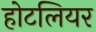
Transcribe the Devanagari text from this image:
होटलियर